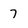
Character: 7